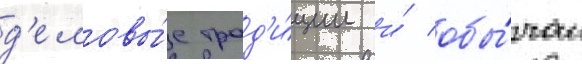
д'еловы́е трад'и́ции и́ обы́чаи